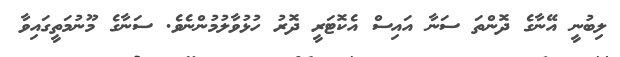
ލިބުނީ އޭނާގެ ދޮންތަ ސަނާ އައިސް އެކޮޓަރީ ދޮރު ހުޅުވާލުމުންނެވެ. ސަނާގެ މޫނުމަތީގައިވާ